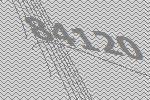
84120